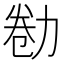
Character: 勌